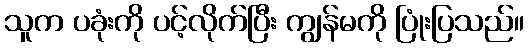
သူက ပခုံးကို ပင့်လိုက်ပြီး ကျွန်မကို ပြုံးပြသည်။